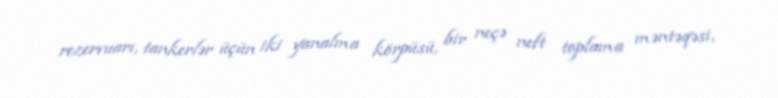
rezervuarı, tankerlər üçün iki yanalma körpüsü, bir neçə neft toplama məntəqəsi,